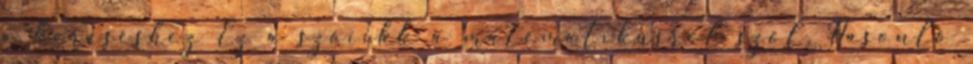
a kereséshez Ez a szócikk a matematikusról szól. Hasonló